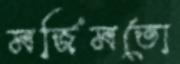
মর্জিমতো